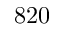
8 2 0